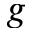
g